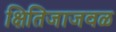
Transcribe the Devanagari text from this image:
क्षितिजाजवळ